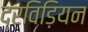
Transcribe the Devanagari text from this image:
द्रविड़ियन